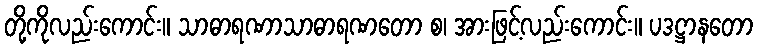
တို့ကိုလည်းကောင်း။ သာဓာရဏာသာဓာရဏတော စ၊ အားဖြင့်လည်းကောင်း။ ပဒဋ္ဌာနတော